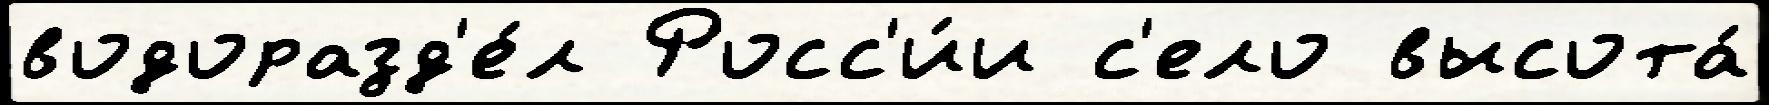
водоразд'е́л Росс'и́и с'ело высота́